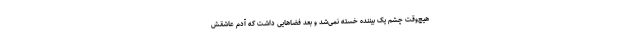
هیچ‌وقت چشم یک بیننده خسته نمی‌شد و بعد فضاهایی داشت که آدم عاشقش